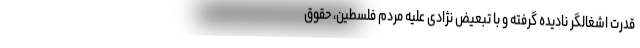
قدرت اشغالگر نادیده گرفته و با تبعیض نژادی علیه مردم فلسطین، حقوق